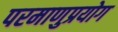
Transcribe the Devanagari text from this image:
परमाणुप्रयोग